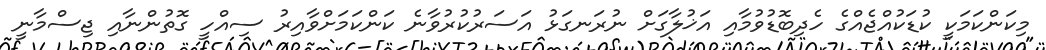
މިކަންކަމަކީ ކުޑަކުއްޖެއްގެ ހެދިބޮޑުވުމާއި އަޚުލާގަށް ނުރަނގަޅު އަސަރުކުރުވާނެ ކަންކަމަށްވާއިރު ސިއްހީ ގޮތުންނާއި ޖިސްމާނީ